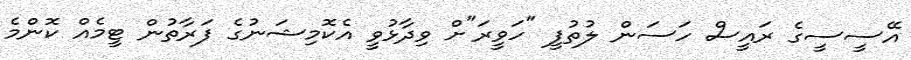
އޭސީސީގެ ރައީސް ހަސަން ލުތުފީ "ހަވީރަ"ށް ވިދާޅުވީ އެކޮމިޝަނުގެ ފަރާތުން ޓީމެއް ކޮންމެ